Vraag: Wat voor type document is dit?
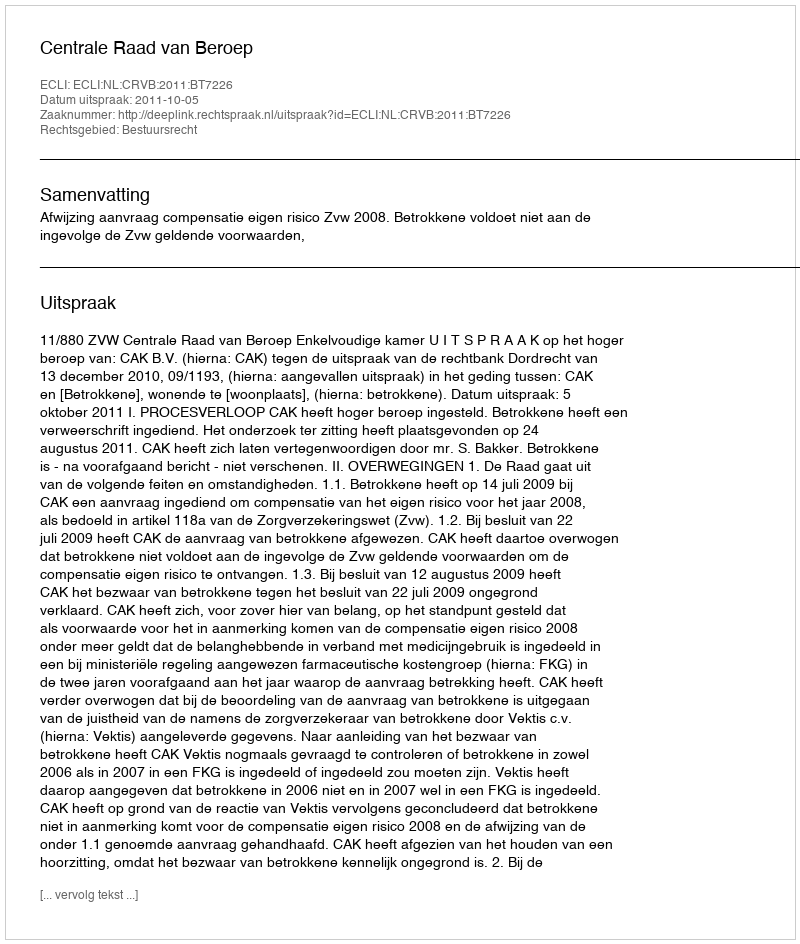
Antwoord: Uitspraak